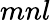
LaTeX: mnl